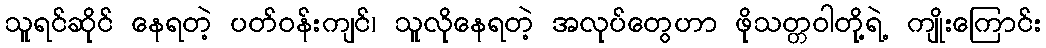
သူရင်ဆိုင် နေရတဲ့ ပတ်ဝန်းကျင်၊ သူလိုနေရတဲ့ အလုပ်တွေဟာ ဖိုသတ္တဝါတို့ရဲ့ ကျိုးကြောင်း